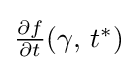
\textstyle {\frac {\partial f}{\partial t}}(\gamma ,\,t^{*})